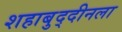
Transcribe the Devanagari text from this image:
शहाबुद्दीनला